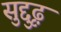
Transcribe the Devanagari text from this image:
सुद्दुृढ़